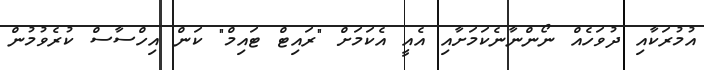
އުމުރަކާއި ދުވަހެއް ނޯންނާނެކަމަށާއި އެއީ އެކަމަށް "ރައިޓް ޓައިމް" ކަން އިހްސާސް ކުރެވުމުން